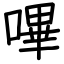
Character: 嗶